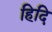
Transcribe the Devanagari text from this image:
हिदि